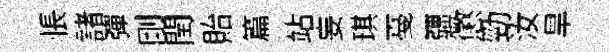
悵諸彈剛閏貽篇站妄琪戞疆懲勁汝旱